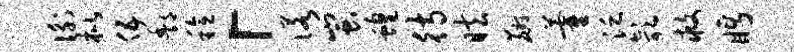
衡枇伍酆稔「诺蚩蝗待眩麝藿泛欹救眄